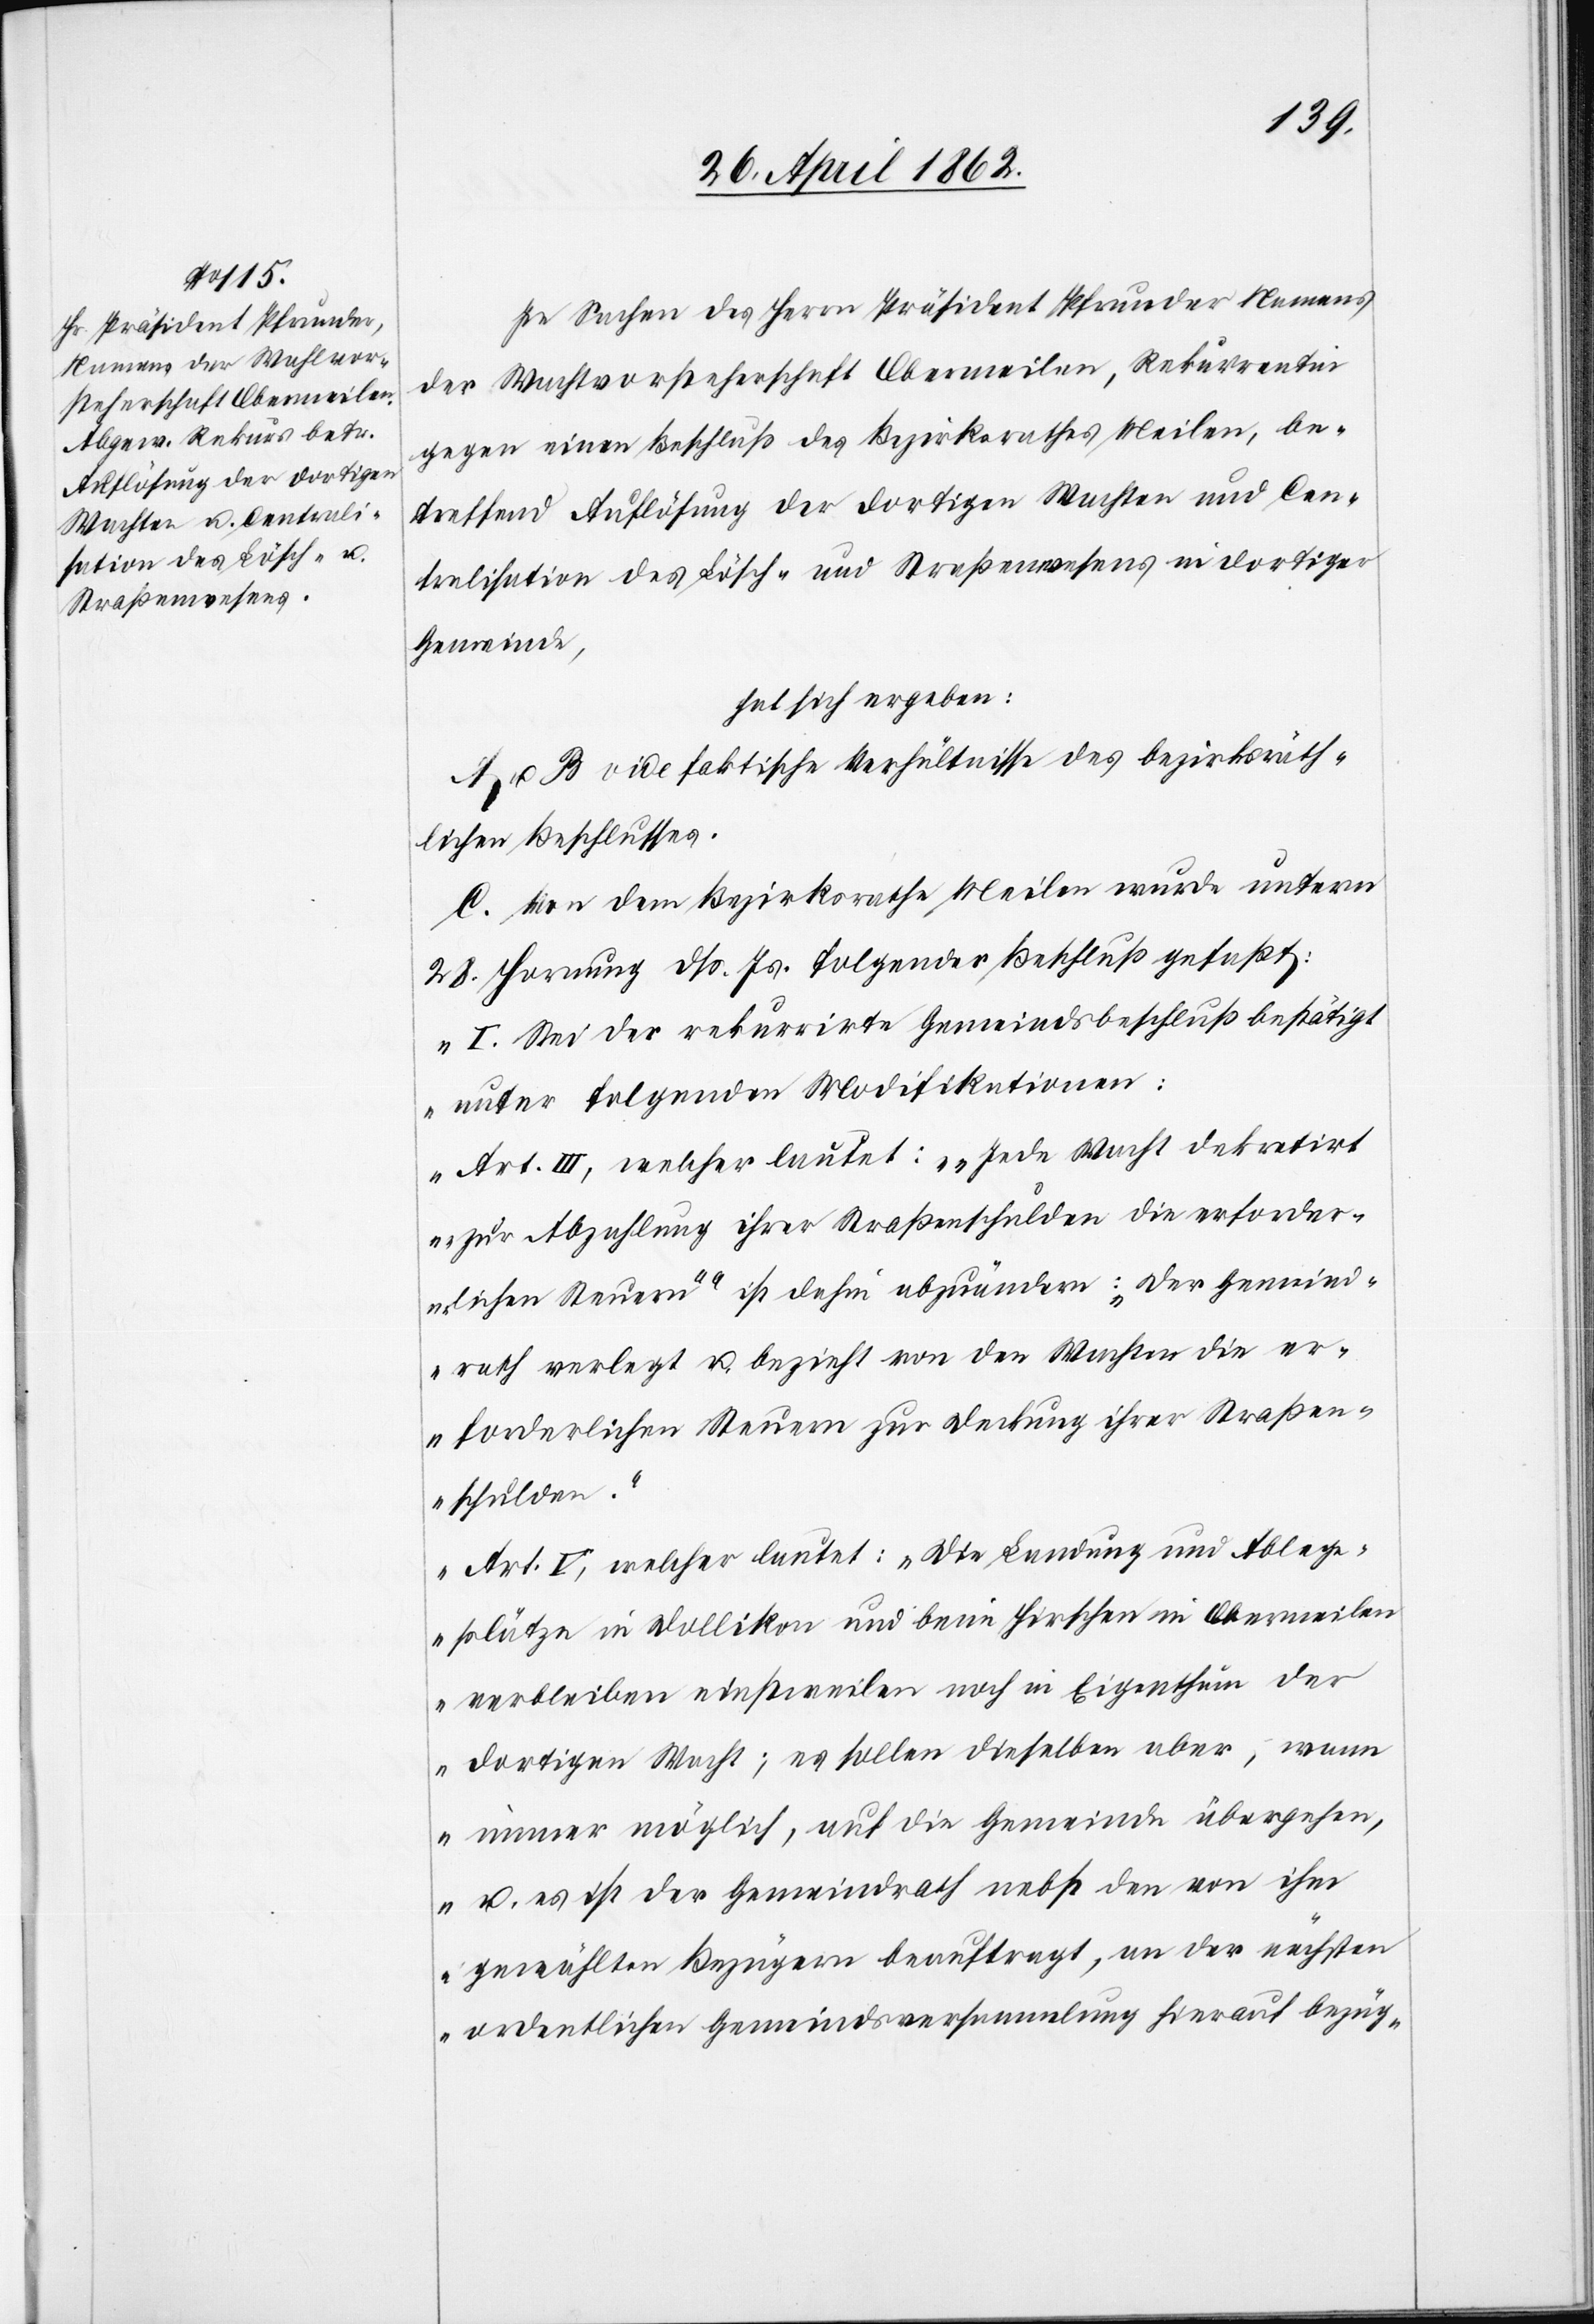
In Sachen des Herrn Präsident Pfrunder Namens
der Wachtvorsteherschaft [sic!] Obermeilen, Rekurrentin
gegen einen Beschluß des Bezirksrathes Meilen, be¬
treffend Auflösung der dortigen Wachten und Cen¬
tralisation des Lösch- und Straßenwesen in dortiger
Gemeinde,
hat sich ergeben:
A u. B vide faktische Verhältnisse des bezirksräth¬
lichen Beschlusses.
C. Von dem Bezirksrathe Meilen wurde unterm
28. Hornung dß. Js. folgender Beschluß gefaßt:
„I. Sei der rekurrirte Gemeindsbeschluß bestätigt
unter folgenden Modifikationen:
Art. III, welcher lautet: ‚Jede Wacht dekretirt
zur Abzahlung ihrer Straßenschulden die erforder¬
lichen Steuern’ ist dahin abzuändern: ‚Der Gemeind¬
rath verlegt u. bezieht von den Wachten die er¬
forderlichen Steuern zur Deckung ihrer Straßen¬
schulden.’
Art. V, welcher lautet: ‚Die Landung[-] und Ableg¬
plätze in Dollikon und beim Hirschen in Obermeilen
verbleiben einstweilen noch in Eigenthum der
dortigen Wacht; es sollen dieselben aber, wann
immer möglich, auf die Gemeinde übergehen,
u. es ist der Gemeindrath nebst den von ihm
gewählten Bezügen beauftragt, an der nächsten
ordentlichen Gemeindsversammlung hierauf bezüg-